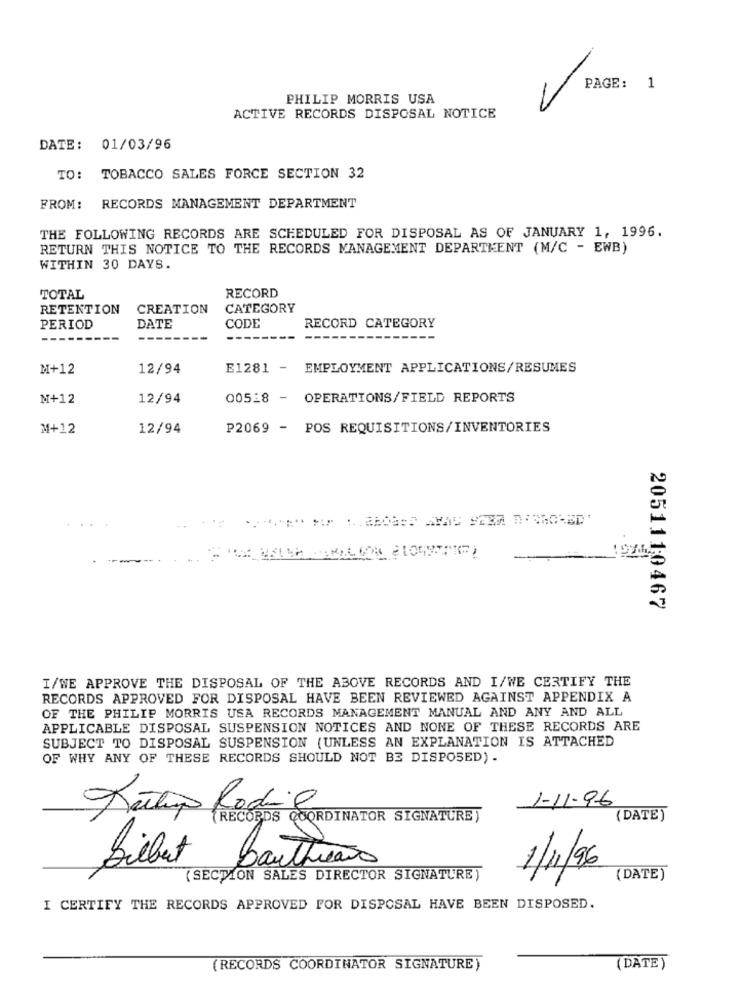
PAGE: 1
PHILIP MORRIS USA
ACTIVE RECORDS DISPOSAL NOTICE
DATE: 01/03/96
TO: TOBACCO SALES FORCE SECTION 32
FROM: RECORDS MANAGEMENT DEPARTMENT
THE FOLLOWING RECORDS ARE SCHEDULED FOR DISPOSAL AS OF JANUARY 1, 1996.
RETURN THIS NOTICE TO THE RECORDS MANAGEMENT DEPARTMENT (M/C - EWB)
WITHIN 30 DAYS.
RECORD
TOTAL
RETENTION
CREATION
CATEGORY
PERIOD
DATE
CODE
RECORD CATEGORY
M+12
12/94
E1281 -
EMPLOYMENT APPLICATIONS/RESUMES
M+12
12/94
00528 -
OPERATIONS/FIELD REPORTS
M+12
12/94
P2069 - POS REQUISITIONS/INVENTORIES
2051110467
I/WE APPROVE THE DISPOSAL OF THE ABOVE RECORDS AND I/WE CERTIFY THE
RECORDS APPROVED FOR DISPOSAL HAVE BEEN REVIEWED AGAINST APPENDIX A
OF THE PHILIP MORRIS USA RECORDS MANAGEMENT MANUAL AND ANY AND ALL
APPLICABLE DISPOSAL SUSPENSION NOTICES AND NONE OF THESE RECORDS ARE
SUBJECT TO DISPOSAL SUSPENSION (UNLESS AN EXPLANATION IS ATTACHED
OF WHY ANY OF THESE RECORDS SHOULD NOT BE DISPOSED) .
1-11-96
Retap Rodil
(RECORDS COORDINATOR SIGNATURE)
(DATE)
bauthears
1/11/96
Lilbit
(SECTION SALES DIRECTOR SIGNATURE )
( DATE)
I CERTIFY THE RECORDS APPROVED FOR DISPOSAL HAVE BEEN DISPOSED.
(RECORDS COORDINATOR SIGNATURE )
(DATE )